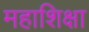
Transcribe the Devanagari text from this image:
महाशिक्षा